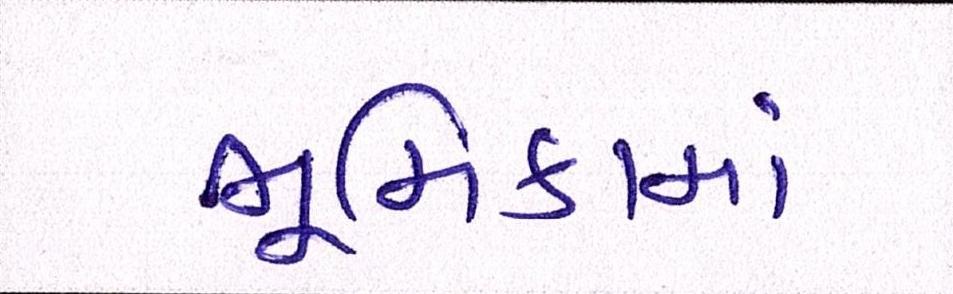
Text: ભૂમિકામાં